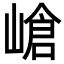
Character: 嵢